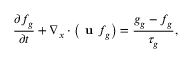
\frac { \partial f _ { g } } { \partial t } + \nabla _ { x } \cdot \left( \textbf { u } f _ { g } \right) = \frac { g _ { g } - f _ { g } } { \tau _ { g } } ,